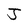
Character: J